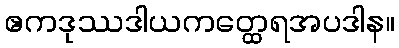
ဧကဒုဿဒါယကတ္ထေရအပဒါန။